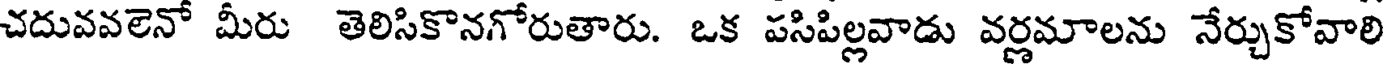
చదువవలెనో మీరు తెలిసికొనగోరుతారు. ఒక పసిపిల్లవాడు వర్ణమాలను నేర్చుకోవాలి